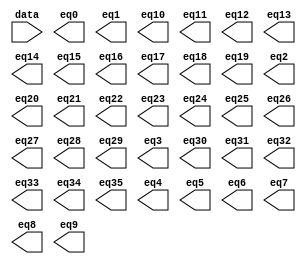
// megafunction wizard: %LPM_DECODE%VBB%
// GENERATION: STANDARD
// VERSION: WM1.0
// MODULE: LPM_DECODE 

// ============================================================
// Megafunction Name(s):
// 			LPM_DECODE
//
// Simulation Library Files(s):
// 			lpm
// ============================================================
// ************************************************************
// THIS IS A WIZARD-GENERATED FILE. DO NOT EDIT THIS FILE!
//
// 18.1.0 Build 625 09/12/2018 SJ Lite Edition
// ************************************************************

//Copyright (C) 2018  Intel Corporation. All rights reserved.
//Your use of Intel Corporation's design tools, logic functions 
//and other software and tools, and its AMPP partner logic 
//functions, and any output files from any of the foregoing 
//(including device programming or simulation files), and any 
//associated documentation or information are expressly subject 
//to the terms and conditions of the Intel Program License 
//Subscription Agreement, the Intel Quartus Prime License Agreement,
//the Intel FPGA IP License Agreement, or other applicable license
//agreement, including, without limitation, that your use is for
//the sole purpose of programming logic devices manufactured by
//Intel and sold by Intel or its authorized distributors.  Please
//refer to the applicable agreement for further details.

module UC2_decoder (
	data,
	eq0,
	eq1,
	eq10,
	eq11,
	eq12,
	eq13,
	eq14,
	eq15,
	eq16,
	eq17,
	eq18,
	eq19,
	eq2,
	eq20,
	eq21,
	eq22,
	eq23,
	eq24,
	eq25,
	eq26,
	eq27,
	eq28,
	eq29,
	eq3,
	eq30,
	eq31,
	eq32,
	eq33,
	eq34,
	eq35,
	eq4,
	eq5,
	eq6,
	eq7,
	eq8,
	eq9);

	input	[5:0]  data;
	output	  eq0;
	output	  eq1;
	output	  eq10;
	output	  eq11;
	output	  eq12;
	output	  eq13;
	output	  eq14;
	output	  eq15;
	output	  eq16;
	output	  eq17;
	output	  eq18;
	output	  eq19;
	output	  eq2;
	output	  eq20;
	output	  eq21;
	output	  eq22;
	output	  eq23;
	output	  eq24;
	output	  eq25;
	output	  eq26;
	output	  eq27;
	output	  eq28;
	output	  eq29;
	output	  eq3;
	output	  eq30;
	output	  eq31;
	output	  eq32;
	output	  eq33;
	output	  eq34;
	output	  eq35;
	output	  eq4;
	output	  eq5;
	output	  eq6;
	output	  eq7;
	output	  eq8;
	output	  eq9;

endmodule

// ============================================================
// CNX file retrieval info
// ============================================================
// Retrieval info: PRIVATE: BaseDec NUMERIC "1"
// Retrieval info: PRIVATE: EnableInput NUMERIC "0"
// Retrieval info: PRIVATE: INTENDED_DEVICE_FAMILY STRING "Cyclone IV E"
// Retrieval info: PRIVATE: LPM_PIPELINE NUMERIC "0"
// Retrieval info: PRIVATE: Latency NUMERIC "0"
// Retrieval info: PRIVATE: SYNTH_WRAPPER_GEN_POSTFIX STRING "0"
// Retrieval info: PRIVATE: aclr NUMERIC "0"
// Retrieval info: PRIVATE: clken NUMERIC "0"
// Retrieval info: PRIVATE: eq0 NUMERIC "1"
// Retrieval info: PRIVATE: eq1 NUMERIC "1"
// Retrieval info: PRIVATE: eq10 NUMERIC "1"
// Retrieval info: PRIVATE: eq11 NUMERIC "1"
// Retrieval info: PRIVATE: eq12 NUMERIC "1"
// Retrieval info: PRIVATE: eq13 NUMERIC "1"
// Retrieval info: PRIVATE: eq14 NUMERIC "1"
// Retrieval info: PRIVATE: eq15 NUMERIC "1"
// Retrieval info: PRIVATE: eq16 NUMERIC "1"
// Retrieval info: PRIVATE: eq17 NUMERIC "1"
// Retrieval info: PRIVATE: eq18 NUMERIC "1"
// Retrieval info: PRIVATE: eq19 NUMERIC "1"
// Retrieval info: PRIVATE: eq2 NUMERIC "1"
// Retrieval info: PRIVATE: eq20 NUMERIC "1"
// Retrieval info: PRIVATE: eq21 NUMERIC "1"
// Retrieval info: PRIVATE: eq22 NUMERIC "1"
// Retrieval info: PRIVATE: eq23 NUMERIC "1"
// Retrieval info: PRIVATE: eq24 NUMERIC "1"
// Retrieval info: PRIVATE: eq25 NUMERIC "1"
// Retrieval info: PRIVATE: eq26 NUMERIC "1"
// Retrieval info: PRIVATE: eq27 NUMERIC "1"
// Retrieval info: PRIVATE: eq28 NUMERIC "1"
// Retrieval info: PRIVATE: eq29 NUMERIC "1"
// Retrieval info: PRIVATE: eq3 NUMERIC "1"
// Retrieval info: PRIVATE: eq30 NUMERIC "1"
// Retrieval info: PRIVATE: eq31 NUMERIC "1"
// Retrieval info: PRIVATE: eq32 NUMERIC "1"
// Retrieval info: PRIVATE: eq33 NUMERIC "1"
// Retrieval info: PRIVATE: eq34 NUMERIC "1"
// Retrieval info: PRIVATE: eq35 NUMERIC "1"
// Retrieval info: PRIVATE: eq36 NUMERIC "0"
// Retrieval info: PRIVATE: eq37 NUMERIC "0"
// Retrieval info: PRIVATE: eq38 NUMERIC "0"
// Retrieval info: PRIVATE: eq39 NUMERIC "0"
// Retrieval info: PRIVATE: eq4 NUMERIC "1"
// Retrieval info: PRIVATE: eq40 NUMERIC "0"
// Retrieval info: PRIVATE: eq41 NUMERIC "0"
// Retrieval info: PRIVATE: eq42 NUMERIC "0"
// Retrieval info: PRIVATE: eq43 NUMERIC "0"
// Retrieval info: PRIVATE: eq44 NUMERIC "0"
// Retrieval info: PRIVATE: eq45 NUMERIC "0"
// Retrieval info: PRIVATE: eq46 NUMERIC "0"
// Retrieval info: PRIVATE: eq47 NUMERIC "0"
// Retrieval info: PRIVATE: eq48 NUMERIC "0"
// Retrieval info: PRIVATE: eq49 NUMERIC "0"
// Retrieval info: PRIVATE: eq5 NUMERIC "1"
// Retrieval info: PRIVATE: eq50 NUMERIC "0"
// Retrieval info: PRIVATE: eq51 NUMERIC "0"
// Retrieval info: PRIVATE: eq52 NUMERIC "0"
// Retrieval info: PRIVATE: eq53 NUMERIC "0"
// Retrieval info: PRIVATE: eq54 NUMERIC "0"
// Retrieval info: PRIVATE: eq55 NUMERIC "0"
// Retrieval info: PRIVATE: eq56 NUMERIC "0"
// Retrieval info: PRIVATE: eq57 NUMERIC "0"
// Retrieval info: PRIVATE: eq58 NUMERIC "0"
// Retrieval info: PRIVATE: eq59 NUMERIC "0"
// Retrieval info: PRIVATE: eq6 NUMERIC "1"
// Retrieval info: PRIVATE: eq60 NUMERIC "0"
// Retrieval info: PRIVATE: eq61 NUMERIC "0"
// Retrieval info: PRIVATE: eq62 NUMERIC "0"
// Retrieval info: PRIVATE: eq63 NUMERIC "0"
// Retrieval info: PRIVATE: eq7 NUMERIC "1"
// Retrieval info: PRIVATE: eq8 NUMERIC "1"
// Retrieval info: PRIVATE: eq9 NUMERIC "1"
// Retrieval info: PRIVATE: nBit NUMERIC "6"
// Retrieval info: PRIVATE: new_diagram STRING "1"
// Retrieval info: LIBRARY: lpm lpm.lpm_components.all
// Retrieval info: CONSTANT: LPM_DECODES NUMERIC "64"
// Retrieval info: CONSTANT: LPM_TYPE STRING "LPM_DECODE"
// Retrieval info: CONSTANT: LPM_WIDTH NUMERIC "6"
// Retrieval info: USED_PORT: @eq 0 0 64 0 OUTPUT NODEFVAL "@eq[63..0]"
// Retrieval info: USED_PORT: data 0 0 6 0 INPUT NODEFVAL "data[5..0]"
// Retrieval info: USED_PORT: eq0 0 0 0 0 OUTPUT NODEFVAL "eq0"
// Retrieval info: USED_PORT: eq1 0 0 0 0 OUTPUT NODEFVAL "eq1"
// Retrieval info: USED_PORT: eq10 0 0 0 0 OUTPUT NODEFVAL "eq10"
// Retrieval info: USED_PORT: eq11 0 0 0 0 OUTPUT NODEFVAL "eq11"
// Retrieval info: USED_PORT: eq12 0 0 0 0 OUTPUT NODEFVAL "eq12"
// Retrieval info: USED_PORT: eq13 0 0 0 0 OUTPUT NODEFVAL "eq13"
// Retrieval info: USED_PORT: eq14 0 0 0 0 OUTPUT NODEFVAL "eq14"
// Retrieval info: USED_PORT: eq15 0 0 0 0 OUTPUT NODEFVAL "eq15"
// Retrieval info: USED_PORT: eq16 0 0 0 0 OUTPUT NODEFVAL "eq16"
// Retrieval info: USED_PORT: eq17 0 0 0 0 OUTPUT NODEFVAL "eq17"
// Retrieval info: USED_PORT: eq18 0 0 0 0 OUTPUT NODEFVAL "eq18"
// Retrieval info: USED_PORT: eq19 0 0 0 0 OUTPUT NODEFVAL "eq19"
// Retrieval info: USED_PORT: eq2 0 0 0 0 OUTPUT NODEFVAL "eq2"
// Retrieval info: USED_PORT: eq20 0 0 0 0 OUTPUT NODEFVAL "eq20"
// Retrieval info: USED_PORT: eq21 0 0 0 0 OUTPUT NODEFVAL "eq21"
// Retrieval info: USED_PORT: eq22 0 0 0 0 OUTPUT NODEFVAL "eq22"
// Retrieval info: USED_PORT: eq23 0 0 0 0 OUTPUT NODEFVAL "eq23"
// Retrieval info: USED_PORT: eq24 0 0 0 0 OUTPUT NODEFVAL "eq24"
// Retrieval info: USED_PORT: eq25 0 0 0 0 OUTPUT NODEFVAL "eq25"
// Retrieval info: USED_PORT: eq26 0 0 0 0 OUTPUT NODEFVAL "eq26"
// Retrieval info: USED_PORT: eq27 0 0 0 0 OUTPUT NODEFVAL "eq27"
// Retrieval info: USED_PORT: eq28 0 0 0 0 OUTPUT NODEFVAL "eq28"
// Retrieval info: USED_PORT: eq29 0 0 0 0 OUTPUT NODEFVAL "eq29"
// Retrieval info: USED_PORT: eq3 0 0 0 0 OUTPUT NODEFVAL "eq3"
// Retrieval info: USED_PORT: eq30 0 0 0 0 OUTPUT NODEFVAL "eq30"
// Retrieval info: USED_PORT: eq31 0 0 0 0 OUTPUT NODEFVAL "eq31"
// Retrieval info: USED_PORT: eq32 0 0 0 0 OUTPUT NODEFVAL "eq32"
// Retrieval info: USED_PORT: eq33 0 0 0 0 OUTPUT NODEFVAL "eq33"
// Retrieval info: USED_PORT: eq34 0 0 0 0 OUTPUT NODEFVAL "eq34"
// Retrieval info: USED_PORT: eq35 0 0 0 0 OUTPUT NODEFVAL "eq35"
// Retrieval info: USED_PORT: eq4 0 0 0 0 OUTPUT NODEFVAL "eq4"
// Retrieval info: USED_PORT: eq5 0 0 0 0 OUTPUT NODEFVAL "eq5"
// Retrieval info: USED_PORT: eq6 0 0 0 0 OUTPUT NODEFVAL "eq6"
// Retrieval info: USED_PORT: eq7 0 0 0 0 OUTPUT NODEFVAL "eq7"
// Retrieval info: USED_PORT: eq8 0 0 0 0 OUTPUT NODEFVAL "eq8"
// Retrieval info: USED_PORT: eq9 0 0 0 0 OUTPUT NODEFVAL "eq9"
// Retrieval info: CONNECT: @data 0 0 6 0 data 0 0 6 0
// Retrieval info: CONNECT: eq0 0 0 0 0 @eq 0 0 1 0
// Retrieval info: CONNECT: eq1 0 0 0 0 @eq 0 0 1 1
// Retrieval info: CONNECT: eq10 0 0 0 0 @eq 0 0 1 10
// Retrieval info: CONNECT: eq11 0 0 0 0 @eq 0 0 1 11
// Retrieval info: CONNECT: eq12 0 0 0 0 @eq 0 0 1 12
// Retrieval info: CONNECT: eq13 0 0 0 0 @eq 0 0 1 13
// Retrieval info: CONNECT: eq14 0 0 0 0 @eq 0 0 1 14
// Retrieval info: CONNECT: eq15 0 0 0 0 @eq 0 0 1 15
// Retrieval info: CONNECT: eq16 0 0 0 0 @eq 0 0 1 16
// Retrieval info: CONNECT: eq17 0 0 0 0 @eq 0 0 1 17
// Retrieval info: CONNECT: eq18 0 0 0 0 @eq 0 0 1 18
// Retrieval info: CONNECT: eq19 0 0 0 0 @eq 0 0 1 19
// Retrieval info: CONNECT: eq2 0 0 0 0 @eq 0 0 1 2
// Retrieval info: CONNECT: eq20 0 0 0 0 @eq 0 0 1 20
// Retrieval info: CONNECT: eq21 0 0 0 0 @eq 0 0 1 21
// Retrieval info: CONNECT: eq22 0 0 0 0 @eq 0 0 1 22
// Retrieval info: CONNECT: eq23 0 0 0 0 @eq 0 0 1 23
// Retrieval info: CONNECT: eq24 0 0 0 0 @eq 0 0 1 24
// Retrieval info: CONNECT: eq25 0 0 0 0 @eq 0 0 1 25
// Retrieval info: CONNECT: eq26 0 0 0 0 @eq 0 0 1 26
// Retrieval info: CONNECT: eq27 0 0 0 0 @eq 0 0 1 27
// Retrieval info: CONNECT: eq28 0 0 0 0 @eq 0 0 1 28
// Retrieval info: CONNECT: eq29 0 0 0 0 @eq 0 0 1 29
// Retrieval info: CONNECT: eq3 0 0 0 0 @eq 0 0 1 3
// Retrieval info: CONNECT: eq30 0 0 0 0 @eq 0 0 1 30
// Retrieval info: CONNECT: eq31 0 0 0 0 @eq 0 0 1 31
// Retrieval info: CONNECT: eq32 0 0 0 0 @eq 0 0 1 32
// Retrieval info: CONNECT: eq33 0 0 0 0 @eq 0 0 1 33
// Retrieval info: CONNECT: eq34 0 0 0 0 @eq 0 0 1 34
// Retrieval info: CONNECT: eq35 0 0 0 0 @eq 0 0 1 35
// Retrieval info: CONNECT: eq4 0 0 0 0 @eq 0 0 1 4
// Retrieval info: CONNECT: eq5 0 0 0 0 @eq 0 0 1 5
// Retrieval info: CONNECT: eq6 0 0 0 0 @eq 0 0 1 6
// Retrieval info: CONNECT: eq7 0 0 0 0 @eq 0 0 1 7
// Retrieval info: CONNECT: eq8 0 0 0 0 @eq 0 0 1 8
// Retrieval info: CONNECT: eq9 0 0 0 0 @eq 0 0 1 9
// Retrieval info: GEN_FILE: TYPE_NORMAL UC2_decoder.v TRUE
// Retrieval info: GEN_FILE: TYPE_NORMAL UC2_decoder.inc FALSE
// Retrieval info: GEN_FILE: TYPE_NORMAL UC2_decoder.cmp FALSE
// Retrieval info: GEN_FILE: TYPE_NORMAL UC2_decoder.bsf TRUE
// Retrieval info: GEN_FILE: TYPE_NORMAL UC2_decoder_inst.v FALSE
// Retrieval info: GEN_FILE: TYPE_NORMAL UC2_decoder_bb.v TRUE
// Retrieval info: LIB_FILE: lpm